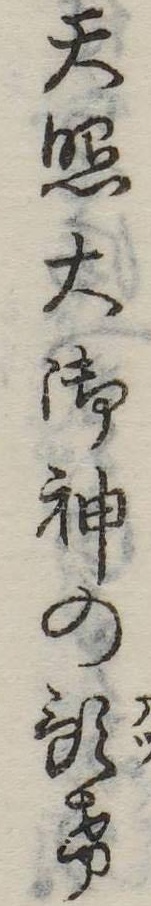
天照大御神の預け